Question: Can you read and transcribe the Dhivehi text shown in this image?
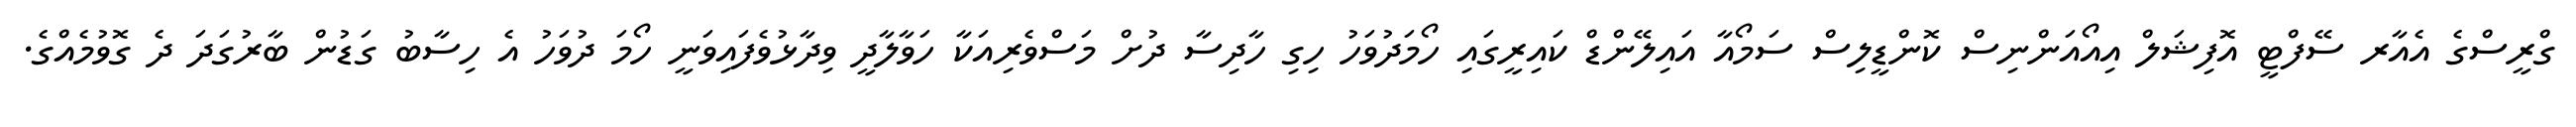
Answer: ގްރީސްގެ އެއާރ ސޭފްޓީ އޮފިޝަލް އިއޯއަންނިސް ކޮންޑީލިސް ސަމޯއާ އައިލޭންޑް ކައިރީގައި ހޯމަދުވަހު ހިގި ހާދިސާ ދުށް މަސްވެރިއަކާ ހަވާލާދީ ވިދާޅުވެފައިވަނީ ހޯމަ ދުވަހު އެ ހިސާބު ގަޑުން ބާރުގަދަ ދެ ގޮވުމެއްގެ.